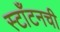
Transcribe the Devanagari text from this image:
स्टाँटनची